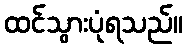
ထင်သွားပုံရသည်။